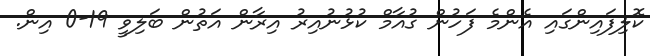
ކޮލިފައިންގައި އެންމެ ފަހުން ގުއާމް ކުޅުނުއިރު އިރާން އަތުން ބަލިވީ 19-0 އިން.